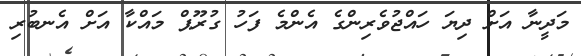
މަދީނާ އަށް ދިޔަ ހައްޖުވެރިންގެ އެންމެ ފަހު ގުރޫޕް މައްކާ އަށް އެނބުރި